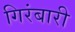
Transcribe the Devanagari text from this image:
गिरंबारी